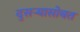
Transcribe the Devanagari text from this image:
दुसऱ्यासोबत